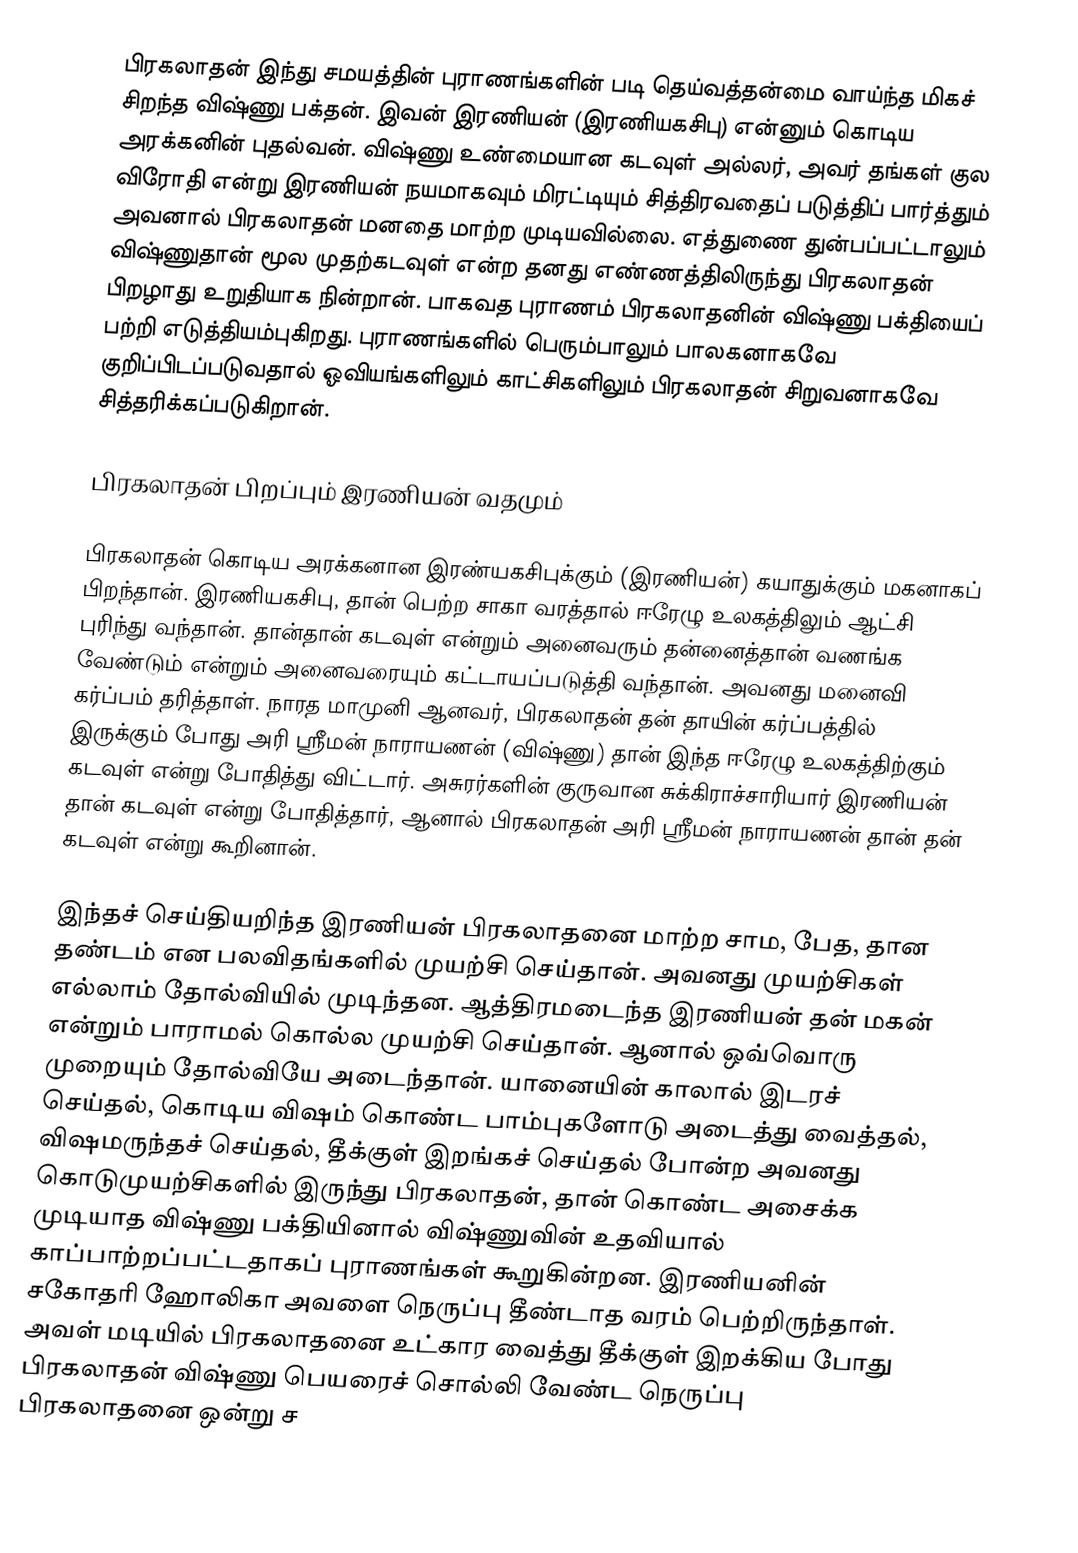
பிரகலாதன் இந்து சமயத்தின் புராணங்களின் படி தெய்வத்தன்மை வாய்ந்த மிகச் சிறந்த விஷ்ணு பக்தன். இவன் இரணியன் (இரணியகசிபு) என்னும் கொடிய அரக்கனின் புதல்வன். விஷ்ணு உண்மையான கடவுள் அல்லர், அவர் தங்கள் குல விரோதி என்று இரணியன் நயமாகவும் மிரட்டியும் சித்திரவதைப் படுத்திப் பார்த்தும் அவனால் பிரகலாதன் மனதை மாற்ற முடியவில்லை. எத்துணை துன்பப்பட்டாலும் விஷ்ணுதான் மூல முதற்கடவுள் என்ற தனது எண்ணத்திலிருந்து பிரகலாதன் பிறழாது உறுதியாக நின்றான். பாகவத புராணம் பிரகலாதனின் விஷ்ணு பக்தியைப் பற்றி எடுத்தியம்புகிறது. புராணங்களில் பெரும்பாலும் பாலகனாகவே குறிப்பிடப்படுவதால் ஓவியங்களிலும் காட்சிகளிலும் பிரகலாதன் சிறுவனாகவே சித்தரிக்கப்படுகிறான்.

பிரகலாதன் பிறப்பும் இரணியன் வதமும்

பிரகலாதன் கொடிய அரக்கனான இரண்யகசிபுக்கும் (இரணியன்) கயாதுக்கும் மகனாகப் பிறந்தான். இரணியகசிபு, தான் பெற்ற சாகா வரத்தால் ஈரேழு உலகத்திலும் ஆட்சி புரிந்து வந்தான். தான்தான் கடவுள் என்றும் அனைவரும் தன்னைத்தான் வணங்க வேண்டும் என்றும் அனைவரையும் கட்டாயப்படுத்தி வந்தான். அவனது மனைவி கர்ப்பம் தரித்தாள். நாரத மாமுனி ஆனவர், பிரகலாதன் தன் தாயின் கர்ப்பத்தில் இருக்கும் போது அரி ஸ்ரீமன் நாராயணன் (விஷ்ணு) தான் இந்த ஈரேழு உலகத்திற்கும் கடவுள் என்று போதித்து விட்டார். அசுரர்களின் குருவான சுக்கிராச்சாரியார் இரணியன் தான் கடவுள் என்று போதித்தார், ஆனால் பிரகலாதன் அரி ஸ்ரீமன் நாராயணன் தான் தன் கடவுள் என்று கூறினான்.

இந்தச் செய்தியறிந்த இரணியன் பிரகலாதனை மாற்ற சாம, பேத, தான தண்டம் என பலவிதங்களில் முயற்சி செய்தான். அவனது முயற்சிகள் எல்லாம் தோல்வியில் முடிந்தன. ஆத்திரமடைந்த இரணியன் தன் மகன் என்றும் பாராமல் கொல்ல முயற்சி செய்தான். ஆனால் ஒவ்வொரு முறையும் தோல்வியே அடைந்தான். யானையின் காலால் இடரச் செய்தல், கொடிய விஷம் கொண்ட பாம்புகளோடு அடைத்து வைத்தல், விஷமருந்தச் செய்தல், தீக்குள் இறங்கச் செய்தல் போன்ற அவனது கொடுமுயற்சிகளில் இருந்து பிரகலாதன், தான் கொண்ட அசைக்க முடியாத விஷ்ணு பக்தியினால் விஷ்ணுவின் உதவியால் காப்பாற்றப்பட்டதாகப் புராணங்கள் கூறுகின்றன. இரணியனின் சகோதரி ஹோலிகா அவளை நெருப்பு தீண்டாத வரம் பெற்றிருந்தாள். அவள் மடியில் பிரகலாதனை உட்கார வைத்து தீக்குள் இறக்கிய போது பிரகலாதன் விஷ்ணு பெயரைச் சொல்லி வேண்ட நெருப்பு பிரகலாதனை ஒன்று ச